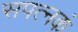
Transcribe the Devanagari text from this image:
सपत्नकं